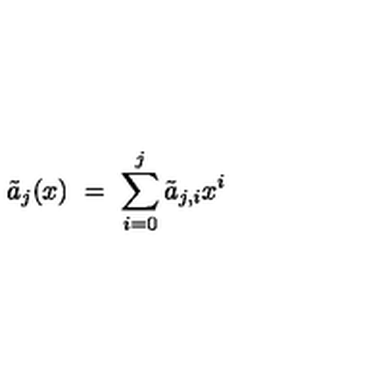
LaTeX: \tilde { a } _ { j } ( x ) \ = \ \sum _ { i = 0 } ^ { j } \tilde { a } _ { j , i } x ^ { i }